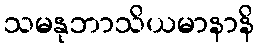
သမနုဘာသိယမာနာနိ